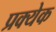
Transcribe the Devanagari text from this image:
प्रक्येक